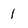
Character: 1